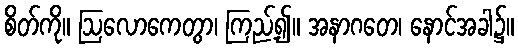
စိတ်ကို။ ဩလောကေတွာ၊ ကြည့်၍။ အနာဂတေ၊ နောင်အခါ၌။